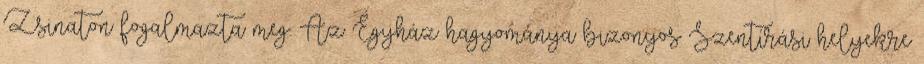
Zsinaton fogalmazta meg. Az Egyház hagyománya bizonyos Szentírási helyekre